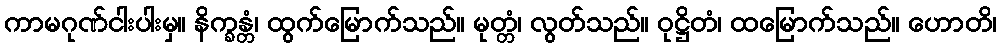
ကာမဂုဏ်ငါးပါးမှ။ နိက္ခန္တံ၊ ထွက်မြောက်သည်။ မုတ္တံ၊ လွတ်သည်။ ဝုဋ္ဌိတံ၊ ထမြောက်သည်။ ဟောတိ၊